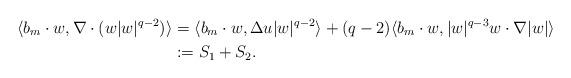
LaTeX: \begin{align*}\langle b_m\cdot w,\nabla\cdot(w|w|^{q-2})\rangle &= \langle b_m\cdot w,\Delta u |w|^{q-2}\rangle+(q-2)\langle b_m\cdot w,|w|^{q-3}w\cdot\nabla|w|\rangle\\&:= S_1+S_2.\end{align*}